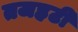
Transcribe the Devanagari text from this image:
तजहटी